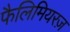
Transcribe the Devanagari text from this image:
फैलिमियरज़